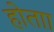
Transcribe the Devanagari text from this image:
होताा